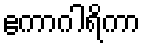
ဧကာဂါရိကာ